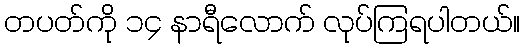
တပတ်ကို ၁၄ နာရီလောက် လုပ်ကြရပါတယ်။